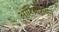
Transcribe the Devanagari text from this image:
ऑरिग्नेशियन